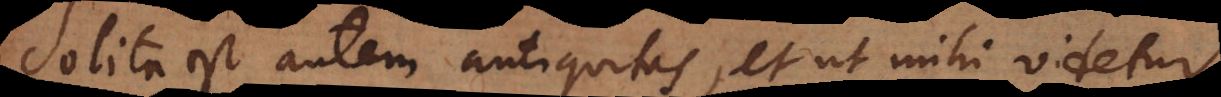
Solita est autem antiquitas, et ut mihi videtur